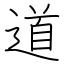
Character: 道